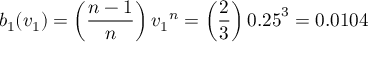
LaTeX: b _ { 1 } ( v _ { 1 } ) = \left( { \frac { n - 1 } { n } } \right) { v _ { 1 } } ^ { n } = \left( { \frac { 2 } { 3 } } \right) { 0 . 2 5 } ^ { 3 } = 0 . 0 1 0 4